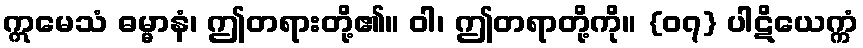
ဣမေသံ ဓမ္မာနံ၊ ဤတရားတို့၏။ ဝါ၊ ဤတရာတို့ကို။ {၀၇} ပါဋိယေက္ကံ